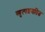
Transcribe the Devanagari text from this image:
व्युत्पन्नमतित्व